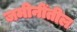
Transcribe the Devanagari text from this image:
जमीनींतील